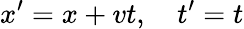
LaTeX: x^{\prime}=x+vt,\quad t^{\prime}=t